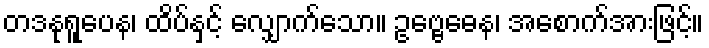
တဒနုရူပေန၊ ထိပ်နှင့် လျှောက်သော။ ဥဗ္ဗေဓေန၊ အစောက်အားဖြင့်။